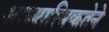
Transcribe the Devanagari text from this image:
आध्यात्मिकतेने